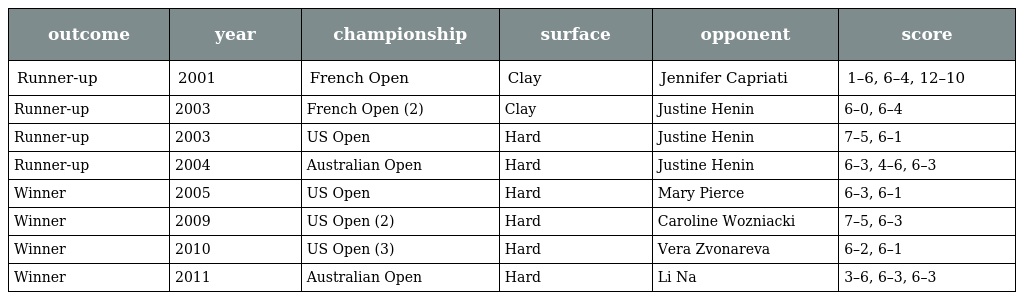
| outcome | year | championship | surface | opponent | score |
 | --- | --- | --- | --- | --- | --- |
 | Runner-up | 2001 | French Open | Clay | Jennifer Capriati | 1–6, 6–4, 12–10 |
 | Runner-up | 2003 | French Open (2) | Clay | Justine Henin | 6–0, 6–4 |
 | Runner-up | 2003 | US Open | Hard | Justine Henin | 7–5, 6–1 |
 | Runner-up | 2004 | Australian Open | Hard | Justine Henin | 6–3, 4–6, 6–3 |
 | Winner | 2005 | US Open | Hard | Mary Pierce | 6–3, 6–1 |
 | Winner | 2009 | US Open (2) | Hard | Caroline Wozniacki | 7–5, 6–3 |
 | Winner | 2010 | US Open (3) | Hard | Vera Zvonareva | 6–2, 6–1 |
 | Winner | 2011 | Australian Open | Hard | Li Na | 3–6, 6–3, 6–3 |